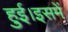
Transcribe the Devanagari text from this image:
हुई।इसमें